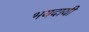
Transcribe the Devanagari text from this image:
भयदायी